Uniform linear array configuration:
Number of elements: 64
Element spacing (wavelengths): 0.5
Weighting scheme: cosine
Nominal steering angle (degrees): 15
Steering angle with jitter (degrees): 16.871
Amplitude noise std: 0.05
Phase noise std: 0.05

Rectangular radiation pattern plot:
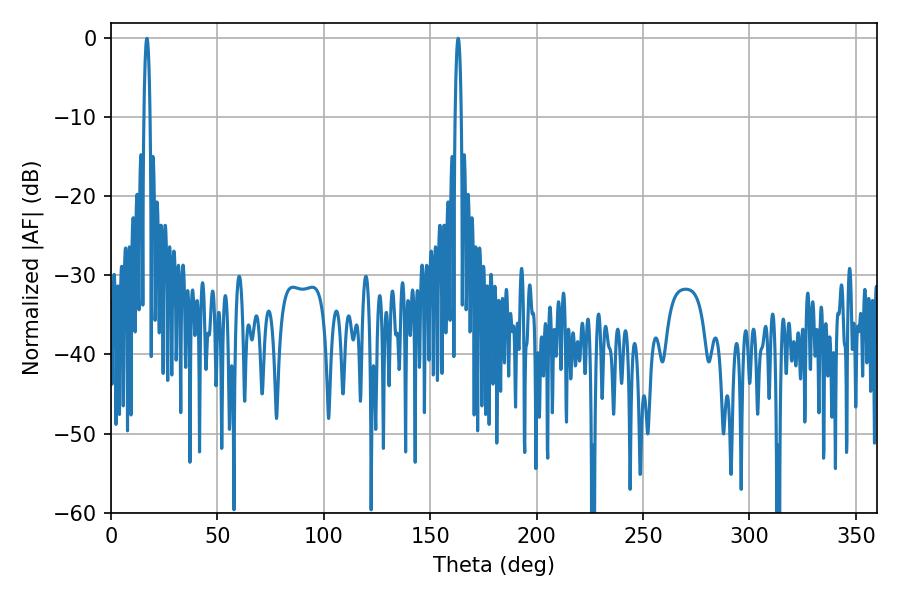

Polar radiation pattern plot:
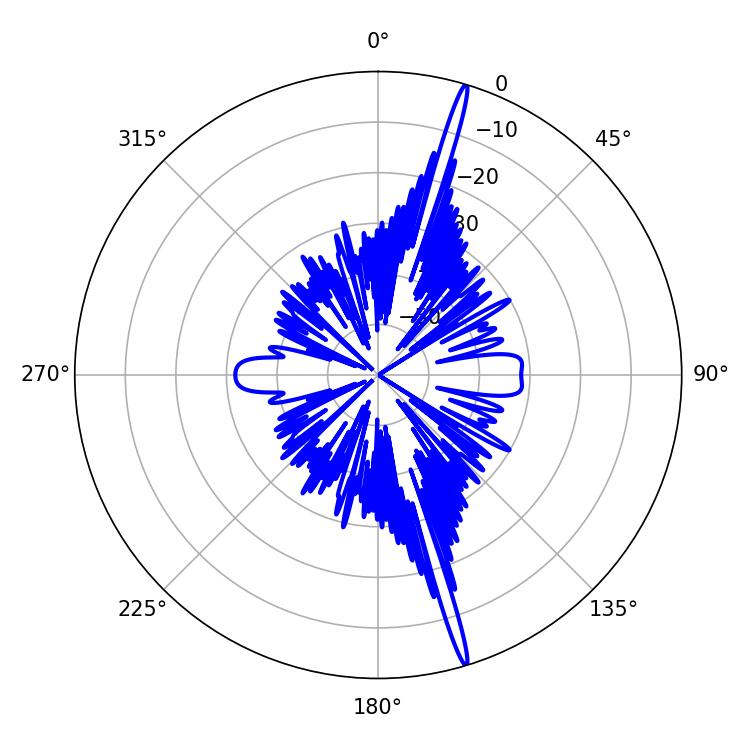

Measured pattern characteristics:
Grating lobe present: FALSE
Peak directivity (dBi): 20.167
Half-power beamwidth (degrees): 1.62
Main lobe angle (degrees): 163.08